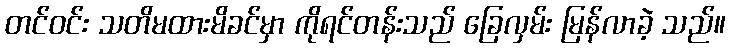
တင်ဝင်း သတိမထားမိခင်မှာ ကိုရင်တန်းသည် ခြေလှမ်း မြန်လာခဲ့ သည်။